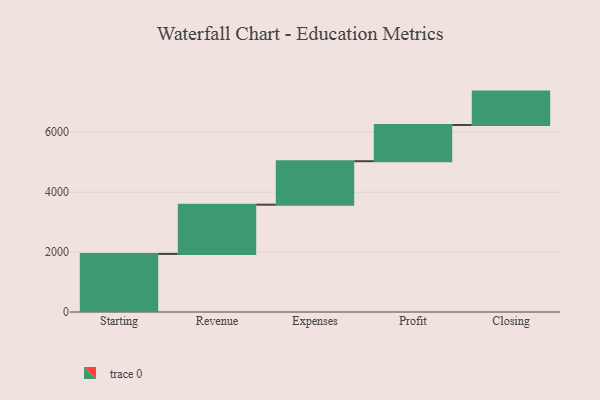
{"axis": {"x": "Step", "y": "Value"}, "legend": [""], "data": [{"x": "Starting", "y": 1939.0, "type": ""}, {"x": "Revenue", "y": 1644.0, "type": ""}, {"x": "Expenses", "y": 1451.0, "type": ""}, {"x": "Profit", "y": 1210.0, "type": ""}, {"x": "Closing", "y": 1114.0, "type": ""}]}